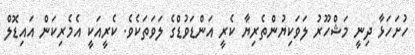
ހުށަހަޅާ ދިނީ މަޝްހޫރު ލަވަކިޔުންތެރިޔާ ކެރީ އަންޑަވުޑްގެ ލަވަތަކެވެ. ކެރީއަކީ އެމެރިކަން އައިޑޮލް